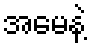
အမေနဲ့